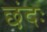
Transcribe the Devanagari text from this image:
छंदः